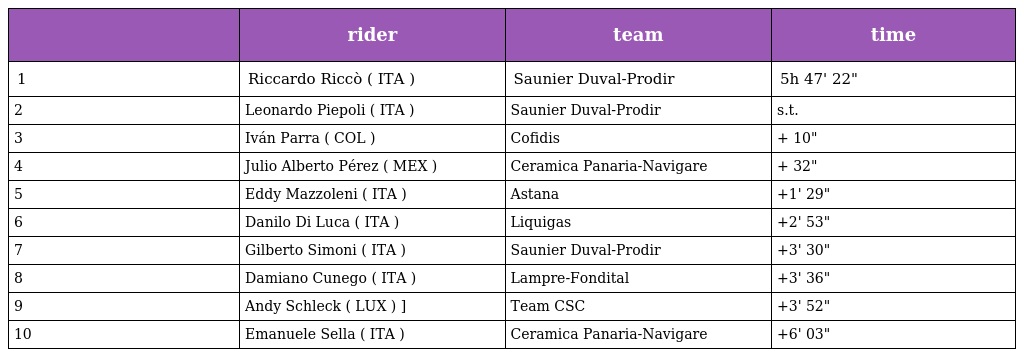
|  | rider | team | time |
 | --- | --- | --- | --- |
 | 1 | Riccardo Riccò ( ITA ) | Saunier Duval-Prodir | 5h 47' 22" |
 | 2 | Leonardo Piepoli ( ITA ) | Saunier Duval-Prodir | s.t. |
 | 3 | Iván Parra ( COL ) | Cofidis | + 10" |
 | 4 | Julio Alberto Pérez ( MEX ) | Ceramica Panaria-Navigare | + 32" |
 | 5 | Eddy Mazzoleni ( ITA ) | Astana | +1' 29" |
 | 6 | Danilo Di Luca ( ITA ) | Liquigas | +2' 53" |
 | 7 | Gilberto Simoni ( ITA ) | Saunier Duval-Prodir | +3' 30" |
 | 8 | Damiano Cunego ( ITA ) | Lampre-Fondital | +3' 36" |
 | 9 | Andy Schleck ( LUX ) ] | Team CSC | +3' 52" |
 | 10 | Emanuele Sella ( ITA ) | Ceramica Panaria-Navigare | +6' 03" |